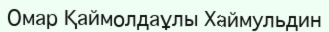
Омар Қаймолдаұлы Хаймульдин